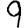
Digit: 9